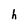
Character: h